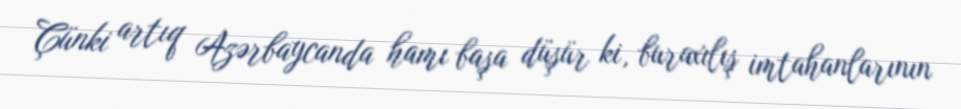
Çünki artıq Azərbaycanda hamı başa düşür ki, buraxılış imtahanlarının